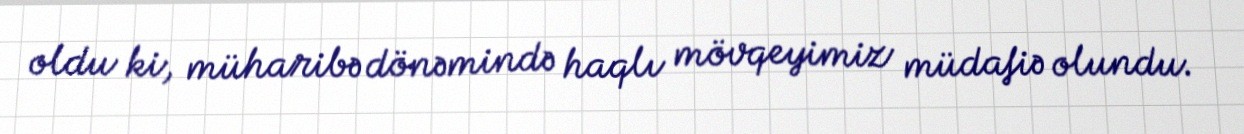
oldu ki, müharibə dönəmində haqlı mövqeyimiz müdafiə olundu.